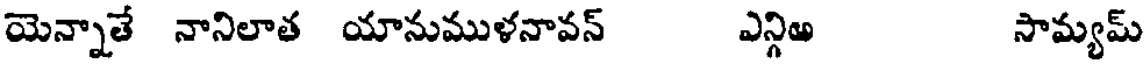
యెన్నాతే నానిలాత యానుముళనావన్ ఎన్గిఱ సామ్యమ్